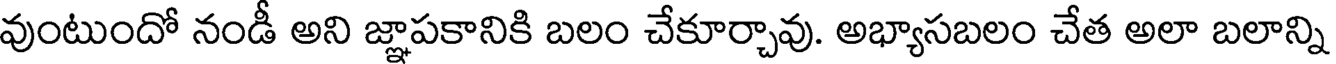
వుంటుందో నండీ అని జ్ఞాపకానికి బలం చేకూర్చావు. అభ్యాసబలం చేత అలా బలాన్ని